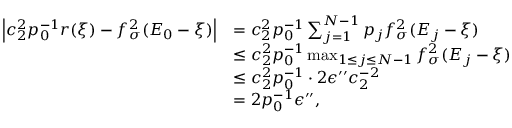
\begin{array} { r l } { \left| c _ { 2 } ^ { 2 } p _ { 0 } ^ { - 1 } r ( \xi ) - f _ { \sigma } ^ { 2 } ( E _ { 0 } - \xi ) \right| } & { = c _ { 2 } ^ { 2 } p _ { 0 } ^ { - 1 } \sum _ { j = 1 } ^ { N - 1 } p _ { j } f _ { \sigma } ^ { 2 } ( E _ { j } - \xi ) } \\ & { \le c _ { 2 } ^ { 2 } p _ { 0 } ^ { - 1 } \operatorname* { m a x } _ { 1 \le j \le N - 1 } f _ { \sigma } ^ { 2 } ( E _ { j } - \xi ) } \\ & { \le c _ { 2 } ^ { 2 } p _ { 0 } ^ { - 1 } \cdot 2 \epsilon ^ { \prime \prime } c _ { 2 } ^ { - 2 } } \\ & { = 2 p _ { 0 } ^ { - 1 } \epsilon ^ { \prime \prime } , } \end{array}